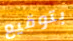
بتوقيع